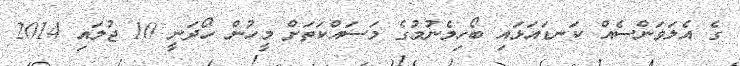
ގެ އެލަވަންސެއް ކަނޑައަޅައި ބޯހިމެނުމުގެ މަސައްކަތަށް މީހުން ހޯދަނީ 10 ޖުލައި 2014